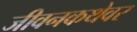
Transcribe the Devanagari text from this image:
जीवनकथेवर